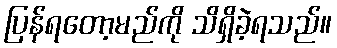
ပြန်ရတော့မည်ကို သိရှိခဲ့ရသည်။